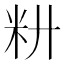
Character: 𰪧